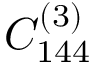
C _ { 1 4 4 } ^ { ( 3 ) }